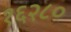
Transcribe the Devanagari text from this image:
१६२८०